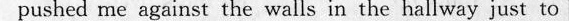
pushed me apainst tbe wsllsin he lalway juas to